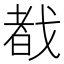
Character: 𫻷